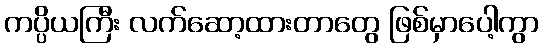
ကပ္ပိယကြီး လက်ဆော့ထားတာတွေ ဖြစ်မှာပေါ့ကွာ